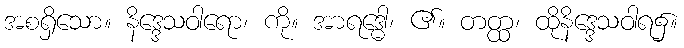
အစရှိသော။ နိဒ္ဒေသဝါရော၊ ကို။ အာရဒ္ဓေါ၊ ၏။ တတ္ထ၊ ထိုနိဒ္ဒေသဝါရ၌။